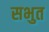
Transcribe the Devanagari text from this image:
सभुत